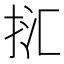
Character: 㧟